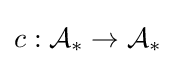
c:{\mathcal {A}}_{*}\to {\mathcal {A}}_{*}